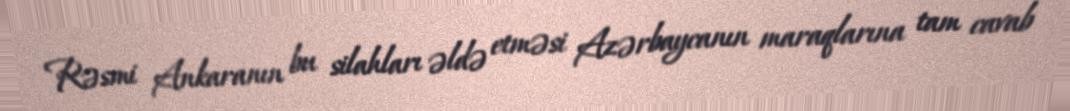
Rəsmi Ankaranın bu silahları əldə etməsi Azərbaycanın maraqlarına tam cavab